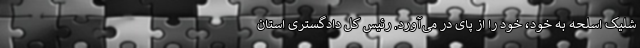
شلیک اسلحه به خود، خود را از پای در می‌آورد. رئیس کل دادگستری استان